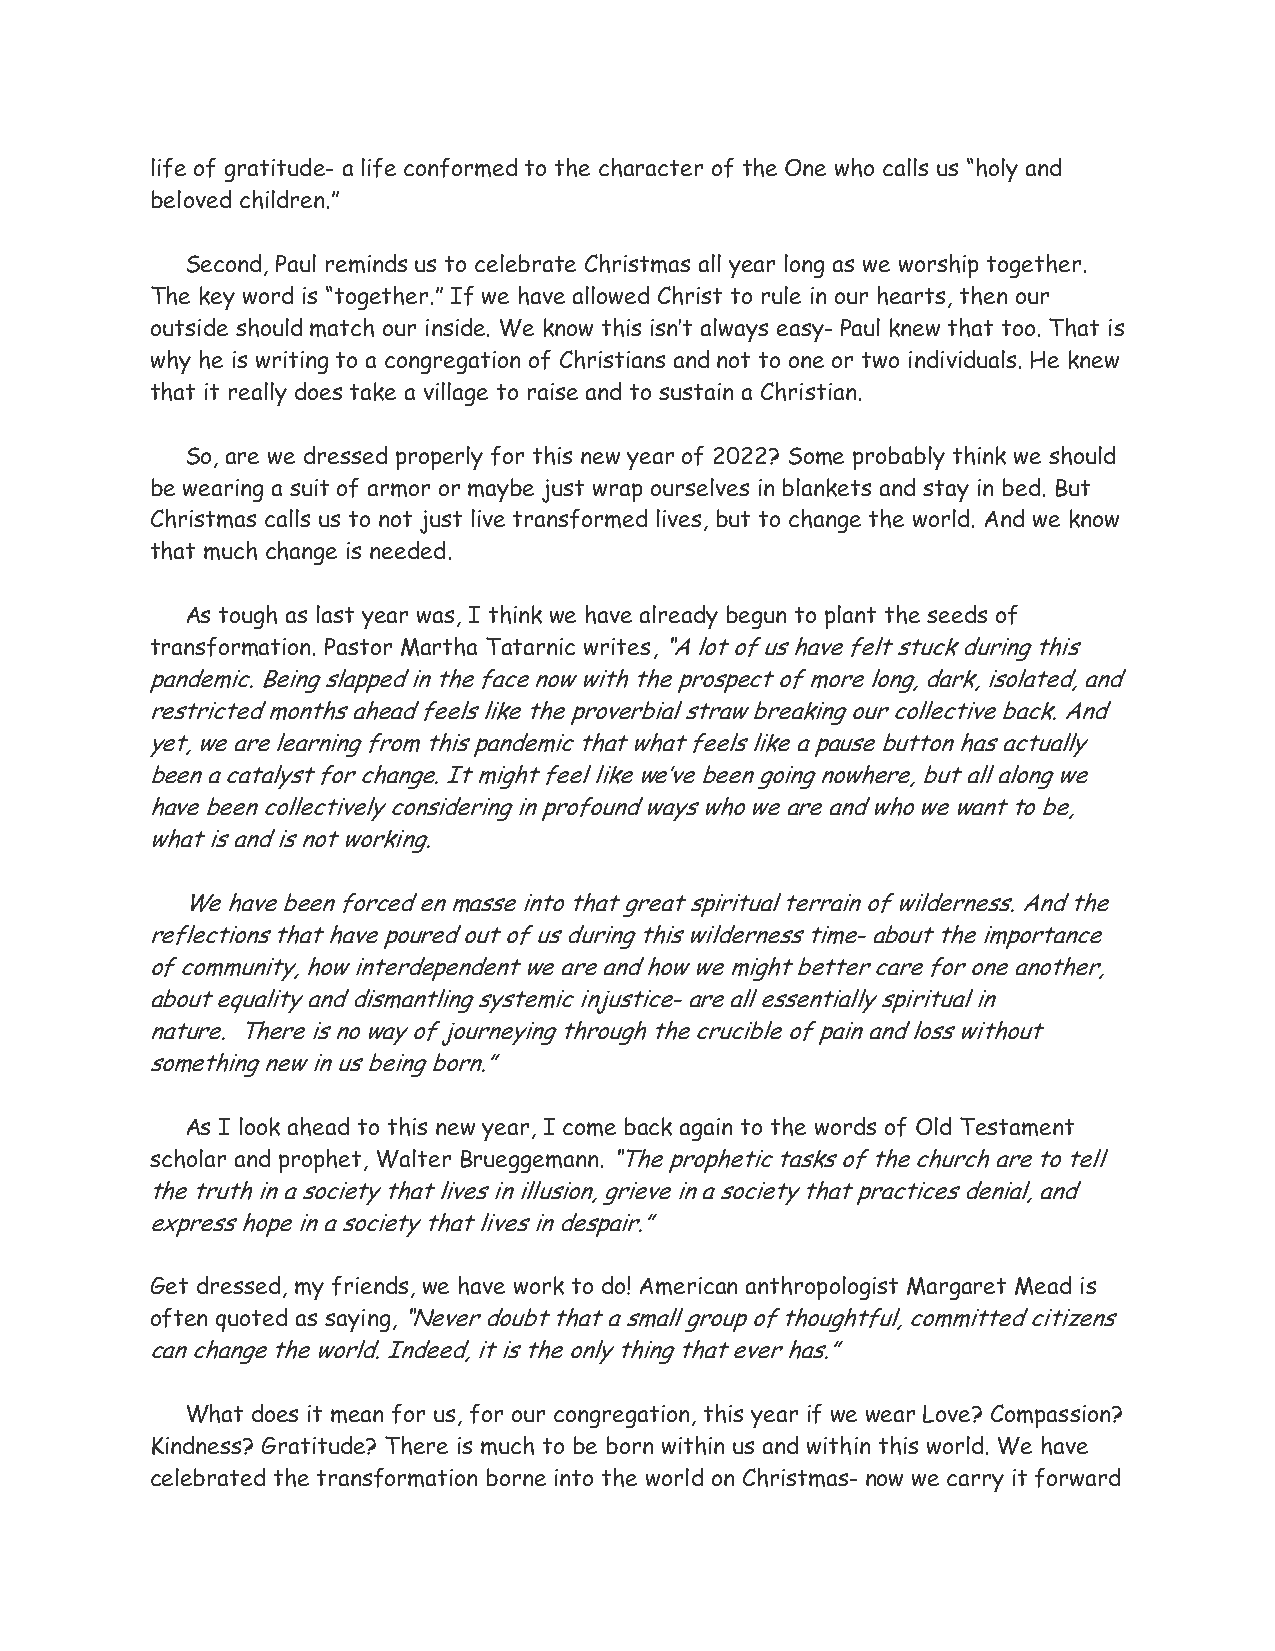
life of gratitude- a life conformed to the character of the One who calls us “holy and
 beloved children.”
 Second, Paul reminds us to celebrate Christmas all year long as we worship together.
 The key word is “together.” If we have allowed Christ to rule in our hearts, then our
 outside should match our inside. We know this isn’t always easy- Paul knew that too. That is
 why he is writing to a congregation of Christians and not to one or two individuals. He knew
 that it really does take a village to raise and to sustain a Christian.
 So, are we dressed properly for this new year of 2022? Some probably think we should
 be wearing a suit of armor or maybe just wrap ourselves in blankets and stay in bed. But
 Christmas calls us to not just live transformed lives, but to change the world. And we know
 that much change is needed.
 As tough as last year was, I think we have already begun to plant the seeds of
 transformation. Pastor Martha Tatarnic writes, “A lot of us have felt stuck during this
 pandemic. Being slapped in the face now with the prospect of more long, dark, isolated, and
 restricted months ahead feels like the proverbial straw breaking our collective back. And
 yet, we are learning from this pandemic that what feels like a pause button has actually
 been a catalyst for change. It might feel like we’ve been going nowhere, but all along we
 have been collectively considering in profound ways who we are and who we want to be,
 what is and is not working.
 We have been forced en masse into that great spiritual terrain of wilderness. And the
 reflections that have poured out of us during this wilderness time- about the importance
 of community, how interdependent we are and how we might better care for one another,
 about equality and dismantling systemic injustice- are all essentially spiritual in
 nature. There is no way of journeying through the crucible of pain and loss without
 something new in us being born.”
 As I look ahead to this new year, I come back again to the words of Old Testament
 scholar and prophet, Walter Brueggemann. “The prophetic tasks of the church are to tell
 the truth in a society that lives in illusion, grieve in a society that practices denial, and
 express hope in a society that lives in despair.”
 Get dressed, my friends, we have work to do! American anthropologist Margaret Mead is
 often quoted as saying, “Never doubt that a small group of thoughtful, committed citizens
 can change the world. Indeed, it is the only thing that ever has.”
 What does it mean for us, for our congregation, this year if we wear Love? Compassion?
 Kindness? Gratitude? There is much to be born within us and within this world. We have
 celebrated the transformation borne into the world on Christmas- now we carry it forward